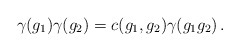
\begin{align*}\gamma(g_1)\gamma(g_2)=c(g_1,g_2)\gamma(g_1g_2)\,.\end{align*}